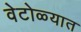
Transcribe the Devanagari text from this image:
वेटोळ्यात